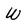
Character: w